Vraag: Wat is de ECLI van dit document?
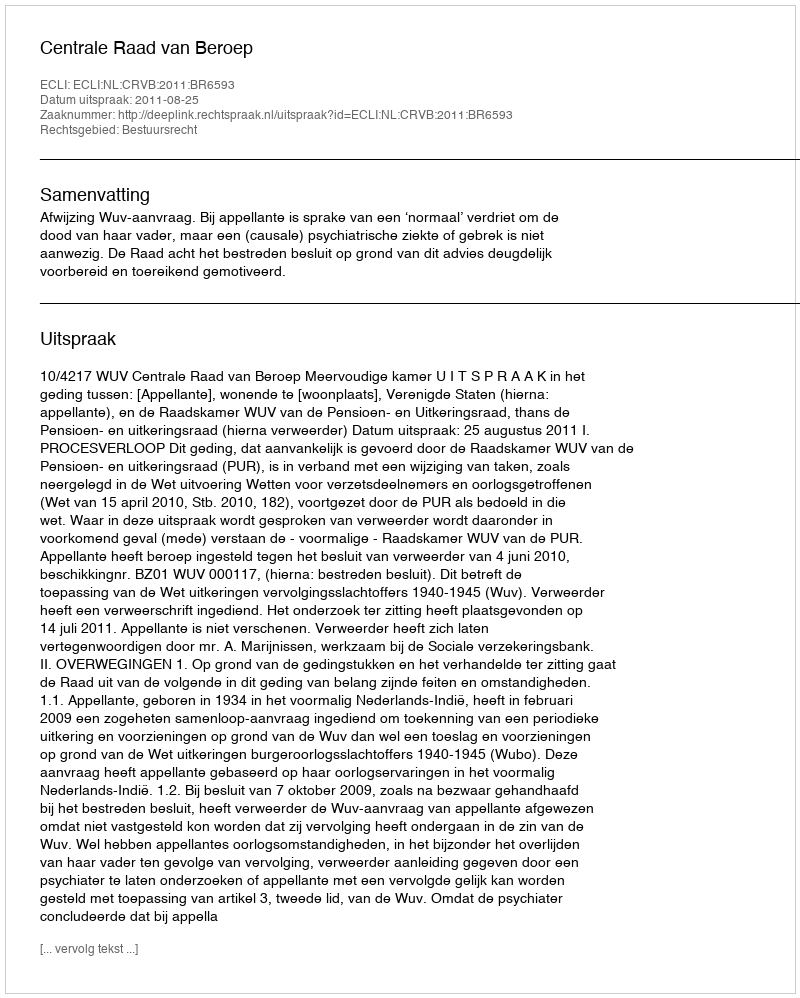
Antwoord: ECLI:NL:CRVB:2011:BR6593